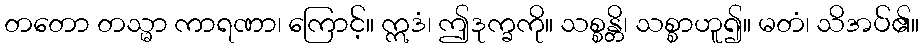
တတော တသ္မာ ကာရဏာ၊ ကြောင့်။ ဣဒံ၊ ဤဒုက္ခကို။ သစ္စန္တိ၊ သစ္စာဟူ၍။ မတံ၊ သိအပ်၏။